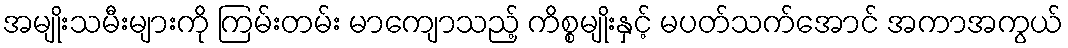
အမျိုးသမီးများကို ကြမ်းတမ်း မာကျောသည့် ကိစ္စမျိုးနှင့် မပတ်သက်အောင် အကာအကွယ်